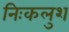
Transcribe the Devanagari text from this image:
निःकलुश